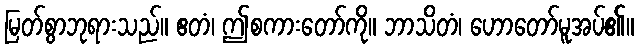
မြတ်စွာဘုရားသည်။ ဧတံ၊ ဤစကားတော်ကို။ ဘာသိတံ၊ ဟောတော်မူအပ်၏။